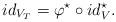
LaTeX: \begin{align*}id _{V_T} = \varphi^\star \circ id_V^\star.\end{align*}